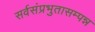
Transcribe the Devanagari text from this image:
सर्वसंप्रभुतासम्पन्न